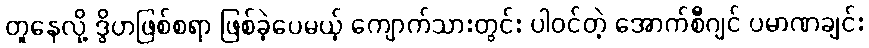
တူနေလို့ ဒွိဟဖြစ်စရာ ဖြစ်ခဲ့ပေမယ့် ကျောက်သားတွင်း ပါဝင်တဲ့ အောက်စီဂျင် ပမာဏချင်း